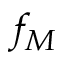
f _ { M }